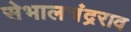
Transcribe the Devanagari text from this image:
सेभालचंद्रराव